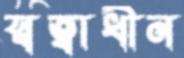
স্বত্বাধীন